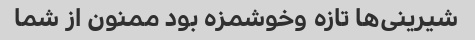
شیرینی‌ها تازه وخوشمزه بود ممنون از شما